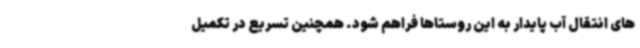
های انتقال آب پایدار به این روستاها فراهم شود. همچنین تسریع در تکمیل